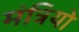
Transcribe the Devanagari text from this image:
मंत्रियो